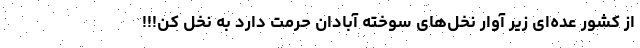
از کشور عده‌ای زیر آوار نخل‌های سوخته آبادان حرمت دارد به نخل کن!!!